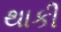
થાકી